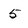
Character: 5